Civil Veterinary Department. United Provinces 1932-42 - 1932-1942
Year: 1932
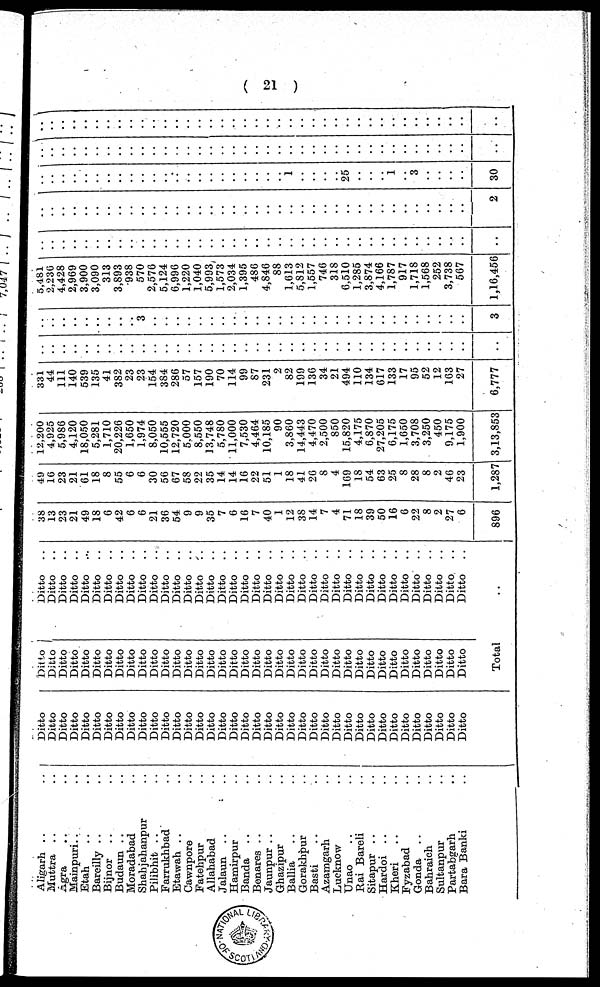
( 21 )
Aligarh .. ..
Muttra .. ..
Agra .. ..
Mainpuri .. ..
Etah .. ..
Bareilly .. ..
Bijnor .. ..
Budaun .. ..
Moradabad ..
Shahjahanpur ..
Pilibhit .. ..
Farrukhbad ..
Etawah .. ..
Cawnpore .. ..
Fatehpur ..
Allahabad .. ..
Jalaun .. ..
Hamirpur .. ..
Banda .. ..
Benares ..
Jaunpur .. ..
Ghazipur ..
Ballia .. ..
Corakhpur ..
Basti .. ..
Azamgarh ..
Lucknow ..
Unao .. ..
Rai Bareli ..
Sitapur .. ..
Hardoi .. ..
Kheri .. ..
Fyzabad ..
Gonda .. ..
Bahraich ..
Sultanpur ..
Partabgarh ..
Bara Banki ..
Ditto
Ditto
Ditto
Ditto
Ditto
Ditto
Ditto
Ditto
Ditto
Ditto
Ditto
Ditto
Ditto
Ditto
Ditto
Ditto
Ditto
Ditto
Ditto
Ditto
Ditto
Ditto
Ditto
Ditto
Ditto
Ditto
Ditto
Ditto
Ditto
Ditto
Ditto
Ditto
Ditto
Ditto
Ditto
Ditto
Ditto
Ditto
Ditto
Ditto
Ditto
Ditto
Ditto
Ditto
Ditto
Ditto
Ditto
Ditto
Ditto
Ditto
Ditto
Ditto
Ditto
Ditto
Ditto
Ditto
Ditto
Ditto
Ditto
Ditto
Ditto
Ditto
Ditto
Ditto
Ditto
Ditto
Ditto
Ditto
Ditto
Ditto
Ditto
Ditto
Ditto
Ditto
Ditto
Ditto
Total
Ditto
Ditto
..
Ditto
..
Ditto
..
Ditto
..
Ditto
..
Ditto
..
Ditto
..
Ditto
..
Ditto
..
Ditto
..
Ditto
..
Ditto
..
Ditto
..
Ditto
..
Ditto
..
Ditto
..
Ditto
..
Ditto
..
Ditto
..
Ditto
..
Ditto
..
Ditto
..
Ditto
..
Ditto
..
Ditto
..
Ditto
..
Ditto
..
Ditto
..
Ditto
..
Ditto
..
Ditto
..
Ditto
..
Ditto
..
Ditto
..
Ditto
..
Ditto
..
Ditto
..
..
38
13
23
21
49
18
6
42
6
6
21
36
54
9
9
35
7
6
16
7
40
1
12
38
14
7
4
71
18
39
50
16
6
22
8
9
27
6
896
49
16
23
21
61
18
8
55
6
6
30
56
67
58
22
35
14
14
16
22
51
1
18
41
26
8
4
169
18
54
63
25
8
28
8
2
46
23
1,287
12,200
4,925
5,986
4,120
18,050
5,281
1,710
20,226
1,650
1,974
8,050
10,555
12,720
5,000
8,550
13,748
5,780
11,000
7,530
4,464
10,185
90
3,860
14,443
4,470
2,500
850
15,820
4,175
6,870
27,205
6,175
1,650
3,708
3,250
450
9,175
1,900
3,13,853
331
44
111
140
539
135
41
382
23
23
154
384
286
57
157
190
70
114
99
87
231
2
82
199
136
34
21
494
110
134
617
133
17
95
52
12
163
27
6,777
..
..
..
..
..
..
..
..
..
..
..
..
..
..
..
..
..
..
..
..
..
..
..
..
..
..
..
..
..
..
..
..
..
..
..
..
..
..
..
..
..
..
..
..
..
..
..
..
..
..
..
..
..
..
..
..
..
..
..
..
..
..
..
..
..
..
..
..
..
..
..
..
..
..
..
..
..
3
5,481
2,236
4,428
2,969
3,900
3,090
313
3,893
938
570
2,576
5,124
6,996
1,220
1,040
5,993
1,573
2,034
1,395
486
4,846
88
1,613
5,812
1,557
746
318
6,510
1,285
3,874
4,166
1,787
917
1,718
1,568
252
3,738
567
1,16,456
..
..
..
..
..
..
..
..
..
..
..
..
..
..
..
..
..
..
..
..
..
..
..
..
..
..
..
..
..
..
..
..
..
..
..
..
..
..
..
..
..
..
..
..
..
..
..
..
..
..
..
..
..
..
..
..
..
..
..
..
..
..
..
..
..
..
..
..
..
..
..
..
..
..
..
..
..
2
..
..
..
..
..
..
..
..
..
..
..
..
..
..
..
..
..
..
..
..
..
..
1
..
..
..
..
25
..
..
..
1
..
3
..
..
..
..
30
..
..
..
..
..
..
..
..
..
..
..
..
..
..
..
..
..
..
..
..
..
..
..
..
..
..
..
..
..
..
..
..
..
..
..
..
..
..
..
..
..
..
..
..
..
..
..
..
..
..
..
..
..
..
..
..
..
..
..
..
..
..
..
..
..
..
..
..
..
..
..
..
..
..
..
..
..